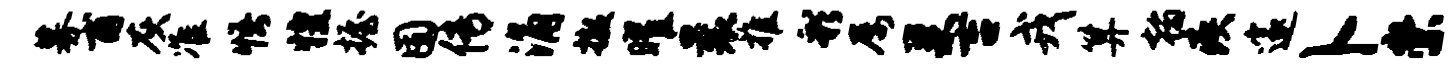
募甫灰准悟惶握囿传涌撤曜曩推彩屡巢吉戎算翰疾邃卜崇